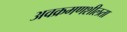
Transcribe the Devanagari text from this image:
अवक्रमणशीलता